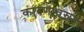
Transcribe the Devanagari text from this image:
कारणावरुन